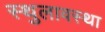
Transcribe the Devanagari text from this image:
स्थुलावस्था